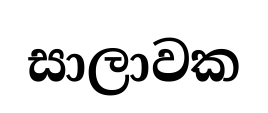
සාලාවක